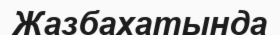
Жазбахатында